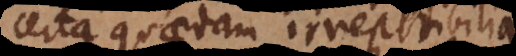
rta quaedam irrepetibilia